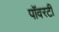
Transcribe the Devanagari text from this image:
पॉवरटी